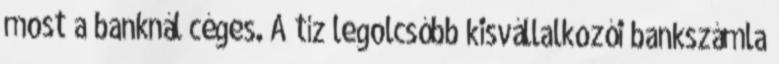
most a banknál céges. A tíz legolcsóbb kisvállalkozói bankszámla